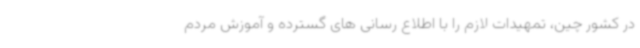
در کشور چین، تمهیدات لازم را با اطلاع رسانی های گسترده و آموزش مردم